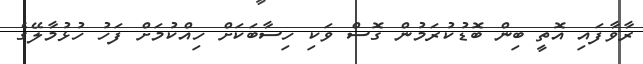
ރާވާފައި އޮތީ ބިން ބޮޑުކުރަމުން ގޮސް ވަކި ހިސާބަކަށް ހިއްކުމަށް ފަހު ހުޅުމާލޭގެ